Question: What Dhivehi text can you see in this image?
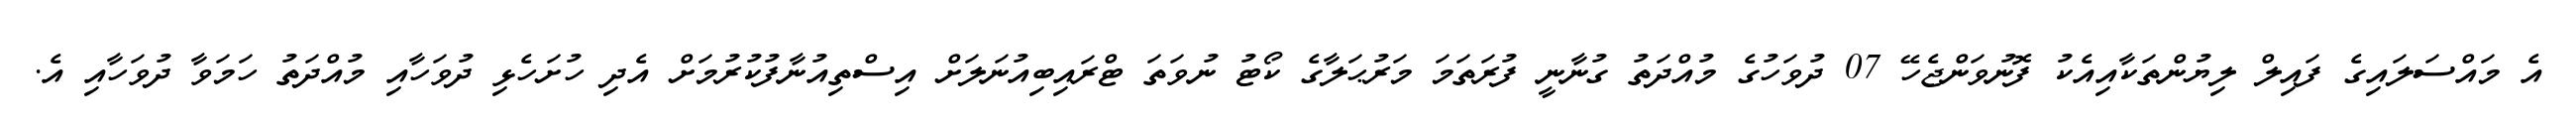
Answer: އެ މައްސަލައިގެ ފައިލް ލިޔުންތަކާއިއެކު ފޮނުވަންޖެހޭ 07 ދުވަހުގެ މުއްދަތު ގުނާނީ ފުރަތަމަ މަރުޙަލާގެ ކޯޓު ނުވަތަ ޓްރައިބިއުނަލަށް އިސްތިއުނާފުކުރުމަށް އެދި ހުށަހެޅި ދުވަހާއި މުއްދަތު ހަމަވާ ދުވަހާއި އެ.